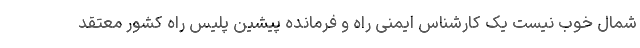
شمال خوب نیست یک کارشناس ایمنی راه و فرمانده پیشین پلیس راه کشور معتقد